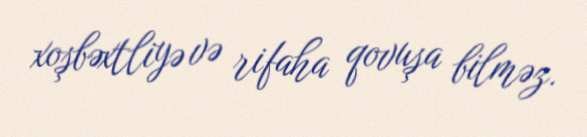
xoşbəxtliyə və rifaha qovuşa bilməz.